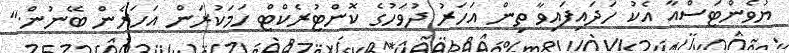
ޔުވެންޓަސްއާ އެކު ހަދައިފައިވާ ތިން އަހަރު ދުވަހުގެ ކޮންޓުރެކްޓް ހަމަކުރަން އަހަރެން ބޭނުން."